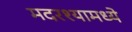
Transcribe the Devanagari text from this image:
मदरश्यामध्ये